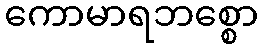
ကောမာရဘစ္စော